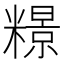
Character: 𫃏